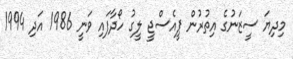
މިދިޔަ ސީޒަނުގެ އިތުރުން ޕީއެސްޖީ ލީގު ހޯދާފައި ވަނީ 1986 އަދި 1994